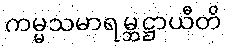
ကမ္မသမာရမ္ဘဋ္ဌာယီတိ